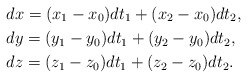
\begin{align*} &dx=(x_1-x_0) dt_1 +(x_2-x_0) dt_2, \\&dy=(y_1-y_0) dt_1 +(y_2-y_0) dt_2, \\&dz=(z_1-z_0) dt_1 +(z_2-z_0) dt_2.\end{align*}